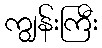
ကျွန်းကြီး